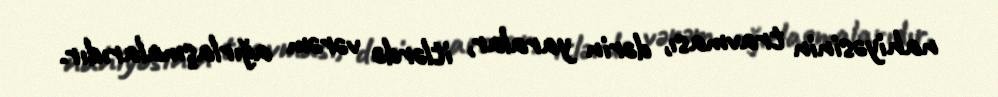
nahiyəsinin travması, dərin yaralar, itlərdə vərəm ağırlaşmalarıdır.